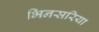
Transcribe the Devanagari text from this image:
भिनसरिया